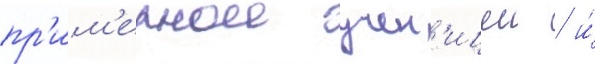
пр'им'ернои учен'ицеи / и́